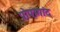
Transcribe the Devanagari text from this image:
प्रोपागांद